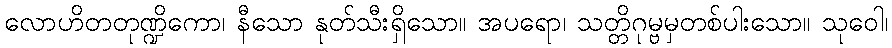
လောဟိတတုဏ္ဍိကော၊ နီသော နုတ်သီးရှိသော။ အပရော၊ သတ္တိဂုမ္ဗမှတစ်ပါးသော။ သုဝေါ၊